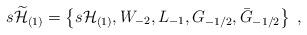
LaTeX: \begin{align*}s\widetilde {{\cal H}}_{(1)} = \left\{ s{\cal H}_{(1)},W_{-2}, L_{-1}, G_{-1/2},\bar{G}_{-1/2} \right\}\;,\end{align*}